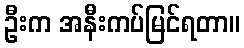
ဦးက အနီးကပ်မြင်ရတာ။